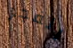
انفجر